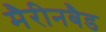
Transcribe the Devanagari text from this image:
मैरीनबैड